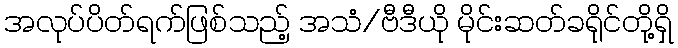
အလုပ်ပိတ်ရက်ဖြစ်သည့် အသံ/ဗီဒီယို မိုင်းဆတ်ခရိုင်တို့ရှိ